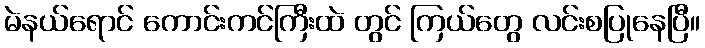
မဲနယ်ရောင် ကောင်းကင်ကြီးထဲ တွင် ကြယ်တွေ လင်းစပြုနေပြီ။